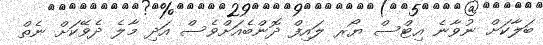
ބަލާކަށް ނުވާނެ އިޓްސް ޔޯރ ލައިފް ދޮންބެއަށްވެސް އަދި މާލެ ދެވޭކަށް ނެތް